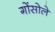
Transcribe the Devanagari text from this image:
गोंसोले